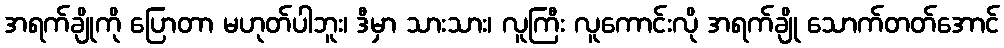
အရက်ချိုကို ပြောတာ မဟုတ်ပါဘူး၊ ဒီမှာ သားသား၊ လူကြီး လူကောင်းလို အရက်ချို သောက်တတ်အောင်